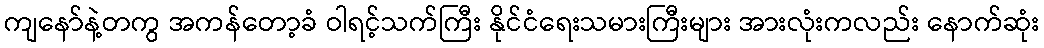
ကျနော်နဲ့တကွ အကန်တော့ခံ ဝါရင့်သက်ကြီး နိုင်ငံရေးသမားကြီးများ အားလုံးကလည်း နောက်ဆုံး